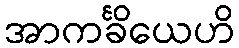
အာကင်္ခိယေဟိ